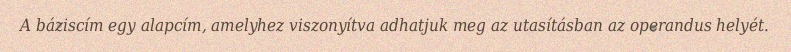
A báziscím egy alapcím, amelyhez viszonyítva adhatjuk meg az utasításban az operandus helyét.